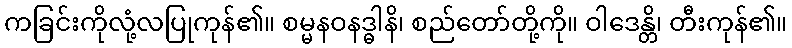
ကခြင်းကိုလုံ့လပြုကုန်၏။ စမ္မနဝနဒ္ဓါနိ၊ စည်တော်တို့ကို။ ဝါဒေန္တိ၊ တီးကုန်၏။